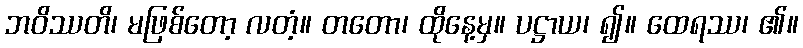
ဘဝိဿတိ၊ မဖြစ်တော့ လတံ့။ တတော၊ ထိုနေ့မှ။ ပဋ္ဌာယ၊ ၍။ ထေရဿ၊ ၏။